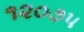
૧૨૦૭૫